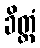
ခိတ္တံ